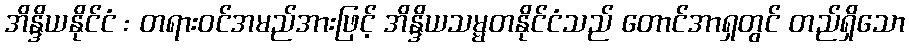
အိန္ဒိယနိုင်ငံ : တရားဝင်အမည်အားဖြင့် အိန္ဒိယသမ္မတနိုင်ငံသည် တောင်အာရှတွင် တည်ရှိသော